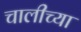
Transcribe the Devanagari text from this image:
चालीच्या